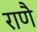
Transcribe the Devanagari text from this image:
राणै